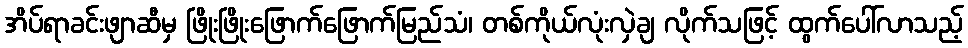
အိပ်ရာခင်းဖျာဆီမှ ဖြိုးဖြိုးဖြောက်ဖြောက်မြည်သံ၊ တစ်ကိုယ်လုံးလှဲချ လိုက်သဖြင့် ထွက်ပေါ်လာသည့်